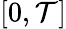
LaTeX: [0,\mathcal{T}]